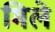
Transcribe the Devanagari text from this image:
मिले